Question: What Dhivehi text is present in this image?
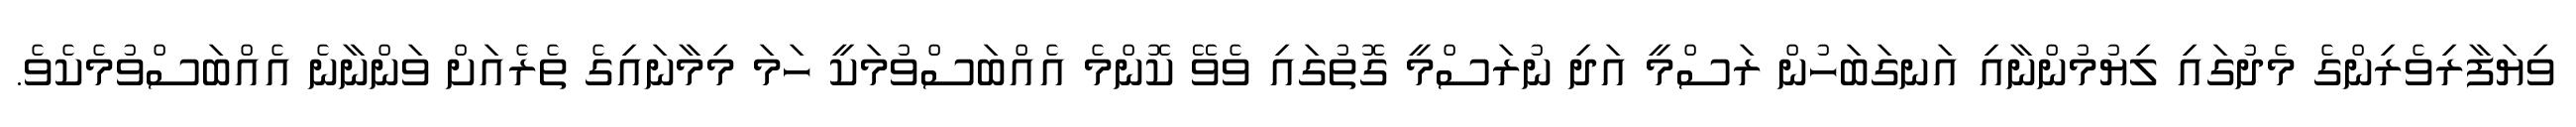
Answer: ވިޔަފާރިވެރިންގެ މެދުގައި ލިޔުމުންނާއި އަނގަބަހުން ރަސްމީ އަދި ނުރަސްމީ ގޮތުގައި ވެވޭ ކޮންމެ އެއްބަސްވުމަކީ ހަމަ މިމާނައިގެ ތެރެއަށް ވަންނާނެ އެއްބަސްވުމެކެވެ.